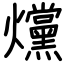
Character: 爣